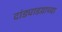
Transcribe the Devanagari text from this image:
दांड्याडय़ाच्या